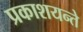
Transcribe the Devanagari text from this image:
प्रकाशयन्ते